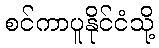
စင်ကာပူနိုင်ငံသို့